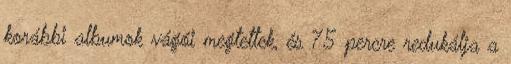
korábbi albumok vágói megtettek, és 75 percre redukálja a